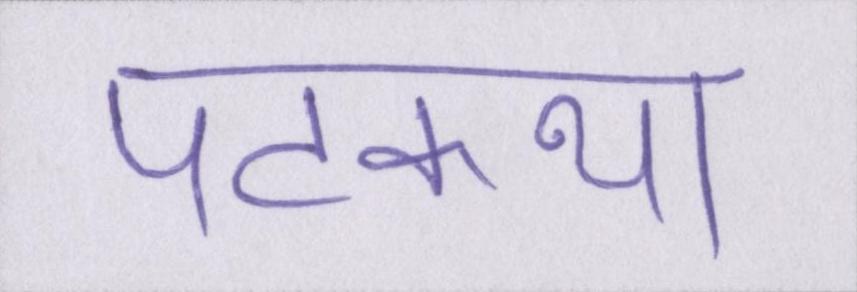
पटकथा